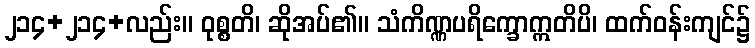
၂၁၄+၂၁၄+လည်း။ ဝုစ္စတိ၊ ဆိုအပ်၏။ သံကိဏ္ဏပရိက္ခောဣတိပိ၊ ထက်ဝန်းကျင်၌